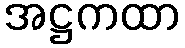
အဋ္ဌကထာ